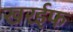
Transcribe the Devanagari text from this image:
खरईफ